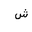
Letter: _shin